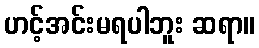
ဟင့်အင်းမရပါဘူး ဆရာ။